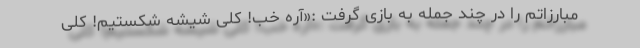
مبارزاتم را در چند جمله به بازی گرفت :«آره خب! کلی شیشه شکستیم! کلی